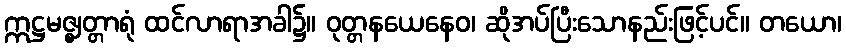
ဣဋ္ဌမဇ္ဈတ္တာရုံ ထင်လာရာအခါ၌။ ဝုတ္တနယေနေဝ၊ ဆိုအပ်ပြီးသောနည်းဖြင့်ပင်။ တယော၊